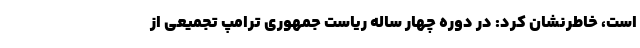
است، خاطرنشان کرد: در دوره چهار ساله ریاست جمهوری ترامپ تجمیعی از